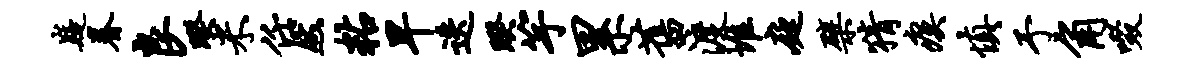
嶷眷良暌米任然粘早迭睽竽累旧渡堆庭檗猜瘼慎予角啜